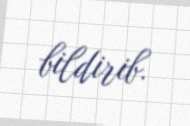
bildirib.